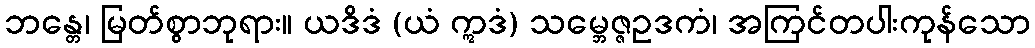
ဘန္တေ၊ မြတ်စွာဘုရား။ ယဒိဒံ (ယံ ဣဒံ) သမ္ဘေဇ္ဇဥဒကံ၊ အကြင်တပါးကုန်သော